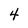
Character: 4